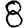
Digit: 8